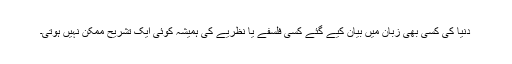
دنیا کی کسی بھی زبان میں بیان کیے گئے کسی فلسفے یا نظریے کی ہمیشہ کوئی ایک تشریح ممکن نہیں ہوتی۔